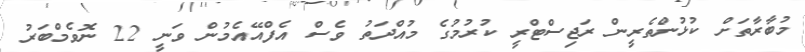
މުބާރާތަށް ކުޅުންތެރީން ރަޖިސްޓްރީ ކުރުމުގެ މުއްދަތު ވެސް އެފްއޭއެމުން ވަނީ 22 ނޮވެމްބަރު